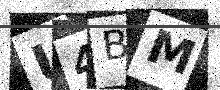
Text: U4BM